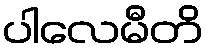
ပါလေမီတိ